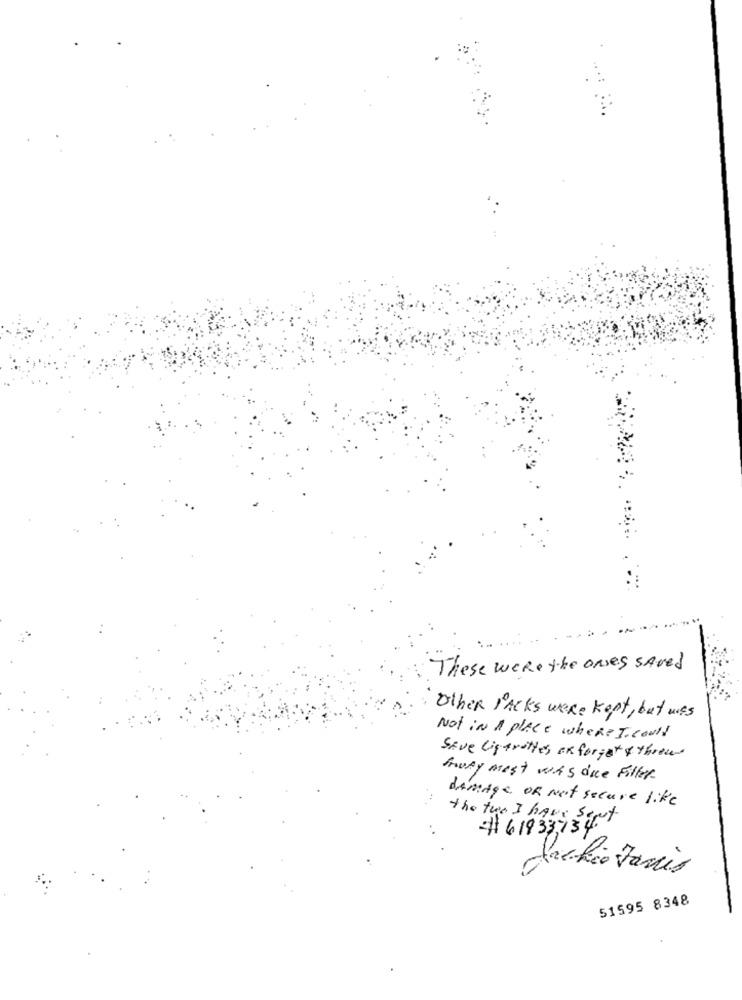
These were the ones SAved
Other Packs weRe kept, but was
Not in A place where I could
Save Cigarettes ok forget & threw
truly mest was due Filler.
damage OR Not secure like
the two I have sept
# 61933,139
Jackie Janis
51595 8348